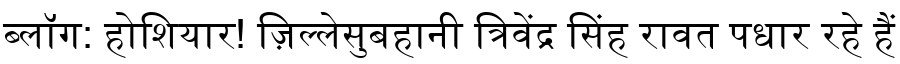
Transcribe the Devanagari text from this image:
ब्लॉग: होशियार! ज़िल्लेसुबहानी त्रिवेंद्र सिंह रावत पधार रहे हैं